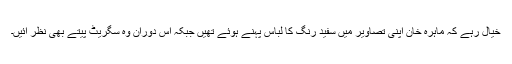
خیال رہے کہ ماہرہ خان اپنی تصاویر میں سفید رنگ کا لباس پہنے ہوئے تھیں جبکہ اس دوران وہ سگریٹ پیتے بھی نظر آئیں۔